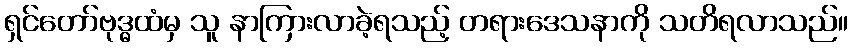
ရှင်တော်ဗုဒ္ဓထံမှ သူ နာကြားလာခဲ့ရသည့် တရားဒေသနာကို သတိရလာသည်။